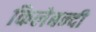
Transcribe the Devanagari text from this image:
किलेबन्‍दी